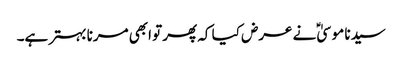
سیدنا موسیٰؑ نے عرض کیا کہ پھر تو ابھی مرنا بہتر ہے۔